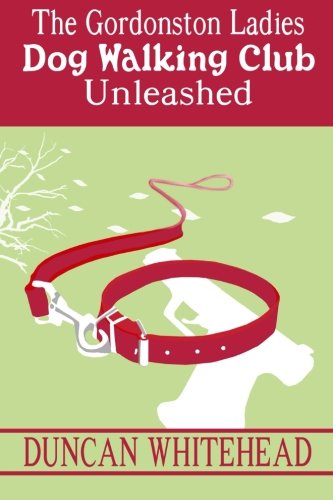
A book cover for The Gordonston Ladies Dog Walking Club Unleashed (Volume 2); Duncan Whitehead; Literature & Fiction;